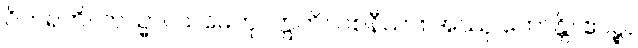
ဝိဟရတိ။ တသ္မာ။ သမေတု။ ဣတိ။ ဝစနီယာ။ အဿု ဟောန္တိ။ ဧဝဉ္စ။